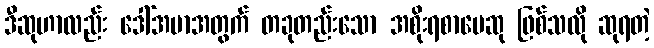
ဒီဆုဟာလည်း ဒေါ်အမာအတွက် တခုတည်းသော အစိုးရစာပေဆု ဖြစ်သလို ဆုရတဲ့